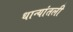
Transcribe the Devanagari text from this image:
धान्यांतली